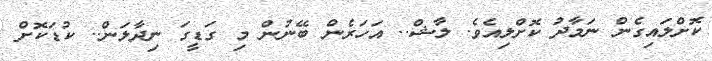
ކޮށްލައިގެން ނަމާދު ކޮށްލިއެވެ. ލާޝް.. އަހަރެން ބޭނުން މި ގަޑީގަ ނިދާލަން.. ކުޑަކޮށް